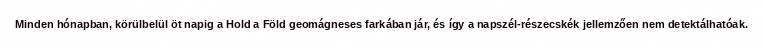
Minden hónapban, körülbelül öt napig a Hold a Föld geomágneses farkában jár, és így a napszél-részecskék jellemzően nem detektálhatóak.